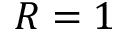
R = 1